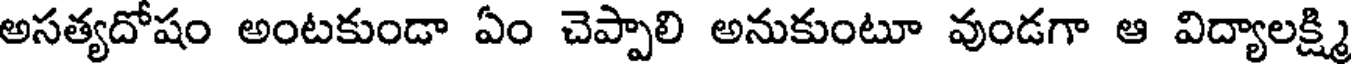
అసత్యదోషం అంటకుండా ఏం చెప్పాలి అనుకుంటూ వుండగా ఆ విద్యాలక్ష్మి